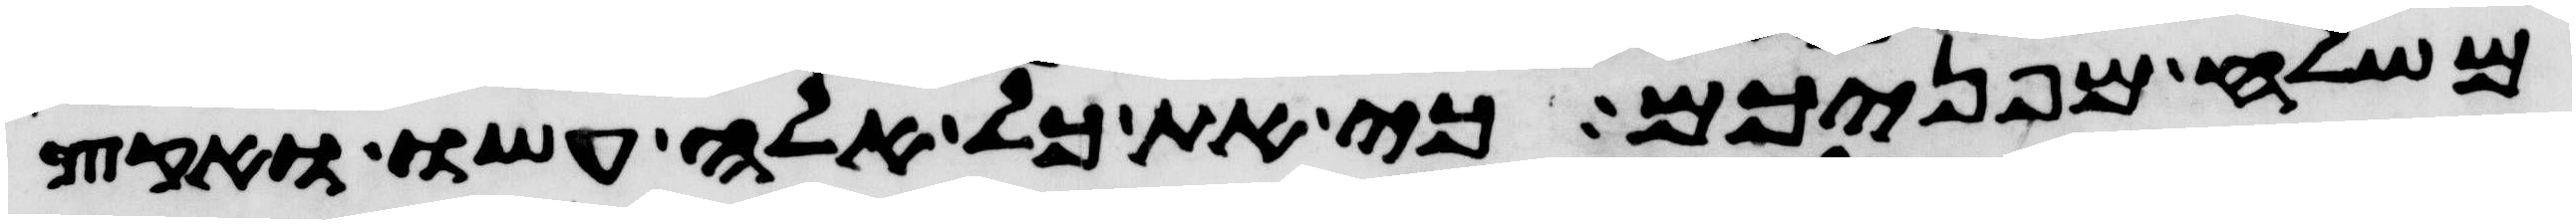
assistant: משלח מפניכם כי את כל אלה עשו ואקץ